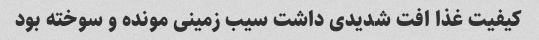
کیفیت غذا افت شدیدی داشت سیب زمینی مونده و سوخته بود